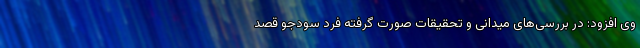
وی افزود: در بررسی‌های میدانی و تحقیقات صورت گرفته فرد سودجو قصد